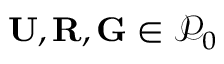
\mathbf { U } , \mathbf { R } , \mathbf { G } \in \mathscr { P } _ { 0 }